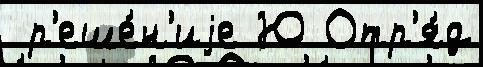
 р'еше́н'иjе Ю Отр'я́д